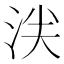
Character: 𬇥